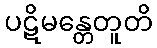
ပဋိမန္တေတူတိ